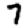
Digit: 7